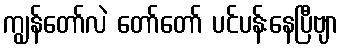
ကျွန်တော်လဲ တော်တော် ပင်ပန်းနေပြီဗျာ